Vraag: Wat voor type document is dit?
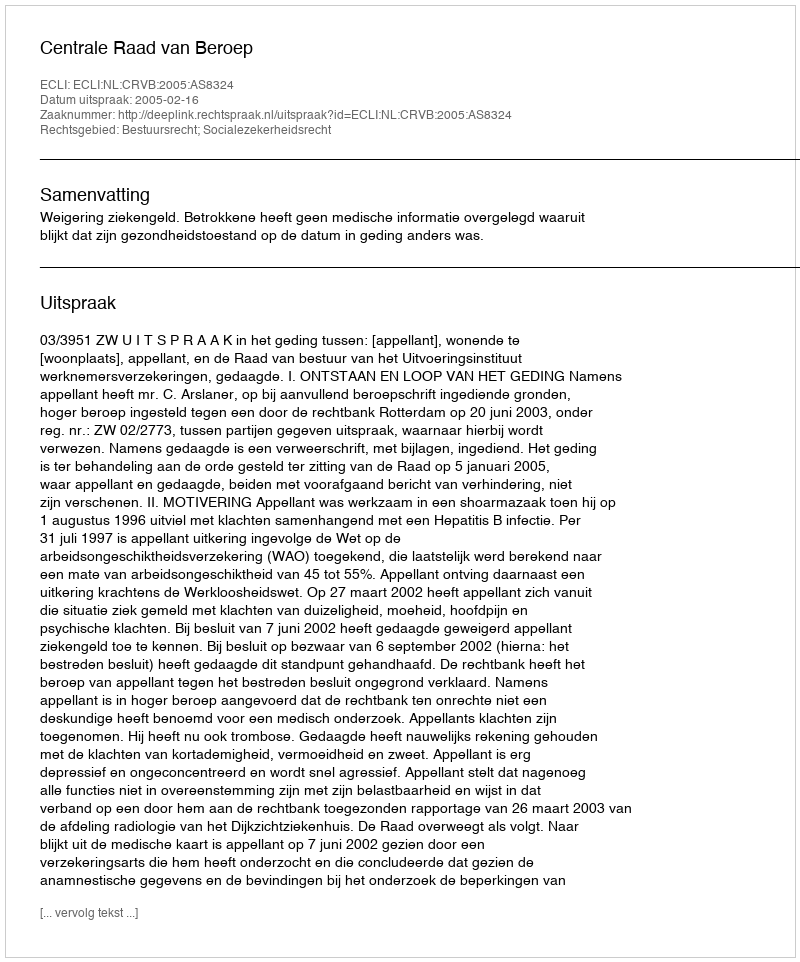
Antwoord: Uitspraak